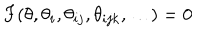
LaTeX: F ( \theta , \theta _ { i } , \theta _ { i j } , \theta _ { i j k } , \dots ) = 0